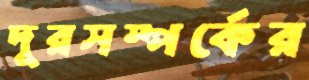
দূরসম্পর্কের